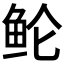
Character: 𱇗